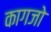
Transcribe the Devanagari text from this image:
कागजो